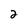
Character: 2